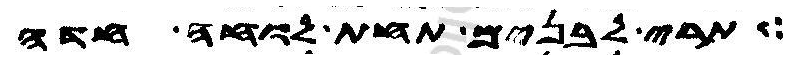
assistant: תרי לבנים תחת לוחה חדה